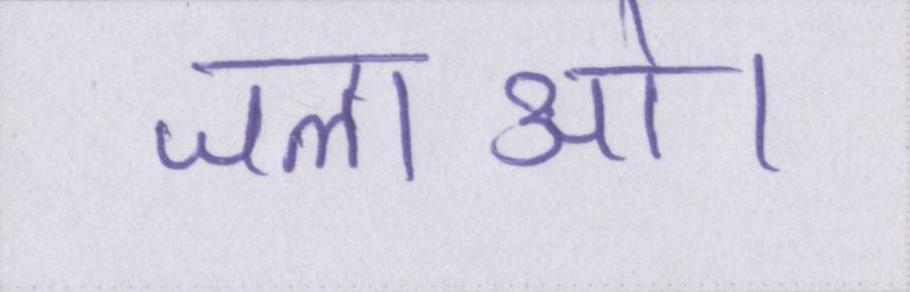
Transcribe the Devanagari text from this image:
जलाओ।